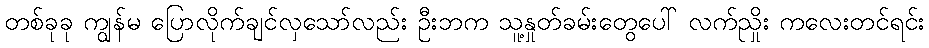
တစ်ခုခု ကျွန်မ ပြောလိုက်ချင်လှသော်လည်း ဦးဘက သူ့နှုတ်ခမ်းတွေပေါ် လက်ညှိုး ကလေးတင်ရင်း